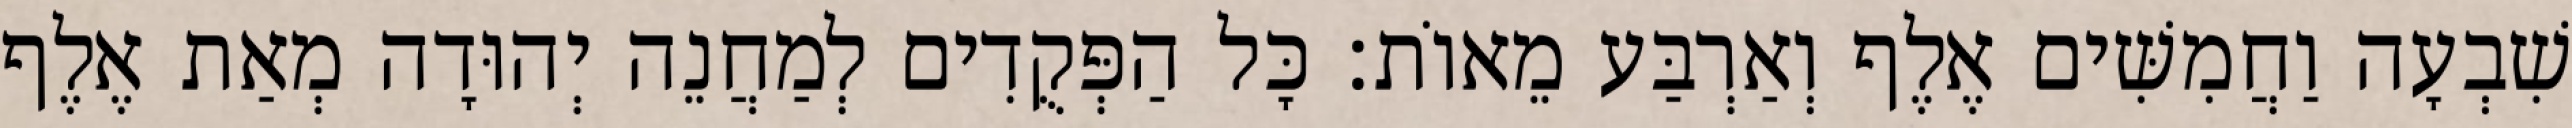
שִׁבְעָה וַחֲמִשִּׁים אֶלֶף וְאַרְבַּע מֵאוֹת׃ כָּל הַפְּקֻדִים לְמַחֲנֵה יְהוּדָה מְאַת אֶלֶף